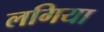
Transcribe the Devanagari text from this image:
लगिया